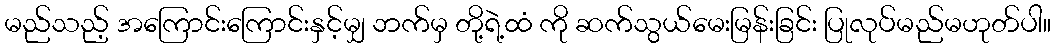
မည်သည့် အကြောင်းကြောင်းနှင့်မျှ ဘက်မှ တို့ရဲ့ထံ ကို ဆက်သွယ်မေးမြန်းခြင်း ပြုလုပ်မည်မဟုတ်ပါ။